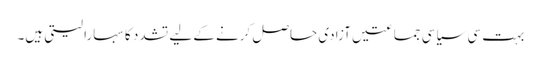
‏ بہت سی سیاسی جماعتیں آزادی حاصل کرنے کے لیے تشدد کا سہارا لیتی ہیں۔